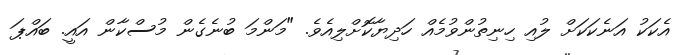
އެކަކު އަނެކަކަށް ލުއި ހިނިތުންވުމެއް ހަދިޔާކޮށްލިއެވެ. "މަންމަ ބުނެގެން މުސްކާން އައީ. ބައްޕަ